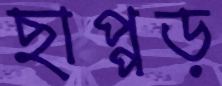
ছাপ্পড়